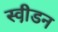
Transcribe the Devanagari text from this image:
स्वी़डन